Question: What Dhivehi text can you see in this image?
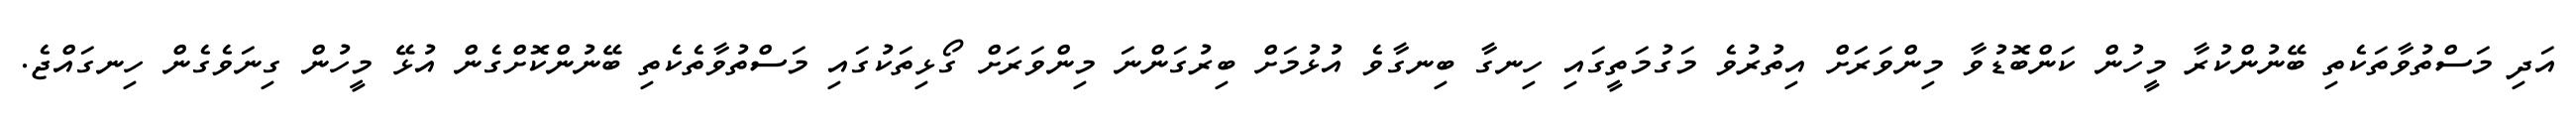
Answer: އަދި މަސްތުވާތަކެތި ބޭނުންކުރާ މީހުން ކަންބޮޑުވާ މިންވަރަަށް އިތުރުވެ މަގުމަތީގައި ހިނގާ ބިނގާވެ އުޅުމަށް ބިރުގަންނަ މިންވަރަށް ގޯޅިތަކުގައި މަސްތުވާތެކެތި ބޭނުންކޮށްގެން އުޅޭ މީހުން ގިނަވެގެން ހިނގައްޖެ.